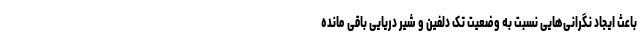
باعث ایجاد نگرانی‌هایی نسبت به وضعیت تک دلفین و شیر دریایی باقی مانده